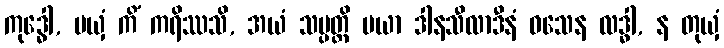
ကုဒ္ဓေါ, မယှံ ကိံ ကရိဿသိ, အယံ သမ္ပတ္တိ မယာ ဒါနသီလာဒီနံ ဝသေန လဒ္ဓါ, န တုယှံ